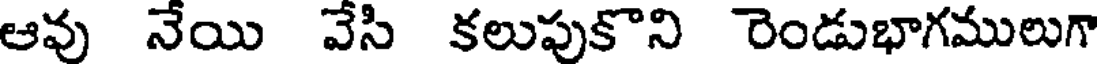
ఆవు నేయి వేసి కలుపుకొని రెండుభాగములుగా